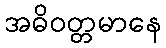
အဓိဝတ္တမာနေ